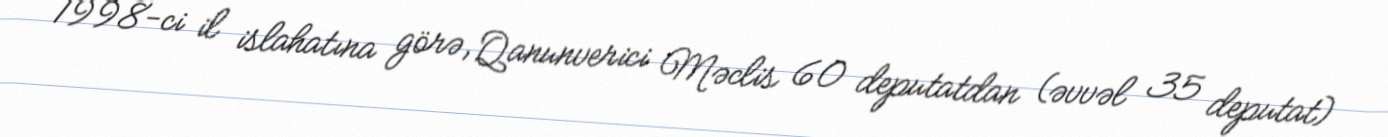
1998-ci il islahatına görə, Qanunverici Məclis 60 deputatdan (əvvəl 35 deputat)